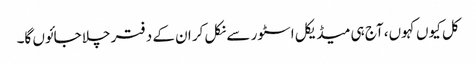
کل کیوں کہوں، آج ہی میڈیکل اسٹور سے نکل کر ان کے دفتر چلا جائوں گا۔